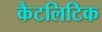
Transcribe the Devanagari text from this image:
कैटलिटिक